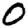
Digit: 0